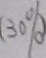
( 3 0 \% )